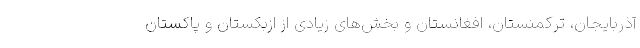
آذربایجان، ترکمنستان، افغانستان و بخش‌های زیادی از ازبکستان و پاکستان